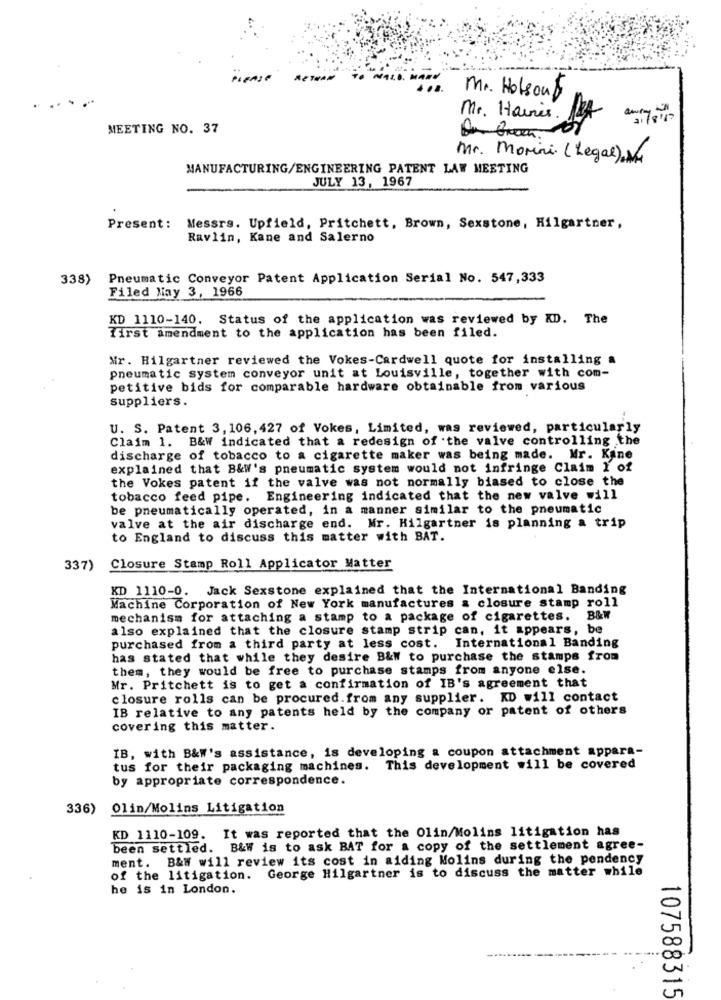
PLEASE
Mr. Hotsoup
Mr. Haines. 1
MEETING NO. 37
Mr. Morini (Legal),Nr
MANUFACTURING/ENGINEERING PATENT LAW MEETING
JULY 13, 1967
Present: Messrs. Upfield, Pritchett, Brown, Sexstone, Hilgartner,
Ravlin, Kane and Salerno
338)
Pneumatic Conveyor Patent Application Serial No. 547,333
Filed May 3, 1966
KD 1110-140. Status of the application was reviewed by XD. The
first amendment to the application has been filed.
Mr. Hilgartner reviewed the Vokes-Cardwell quote for installing a
pneumatic system conveyor unit at Louisville, together with com-
petitive bids for comparable hardware obtainable from various
suppliers.
U. S. Patent 3, 106, 427 of Vokes, Limited, was reviewed, particularly
Claim 1. B&W indicated that a redesign of the valve controlling the
discharge of tobacco to a cigarette maker was being made. Mr. Kine
explained that B&W's pneumatic system would not infringe Claim 1 of
the Vokes patent if the valve was not normally biased to close the
tobacco feed pipe. Engineering indicated that the new valve will
be pneumatically operated, in a manner similar to the pneumatic
valve at the air discharge end. Mr. Hilgartner is planning a trip
to England to discuss this matter with BAT.
337) Closure Stamp Roll Applicator Matter
KD 1110-0. Jack Sexstone explained that the International Banding
Machine Corporation of New York manufactures & closure stamp roll
mechanism for attaching a stamp to a package of cigarettes. B&W
also explained that the closure stamp strip can, it appears, be
purchased from a third party at less cost. International Banding
has stated that while they desire B&W to purchase the stamps from
them, they would be free to purchase stamps from anyone else.
Mr. Pritchett is to get a confirmation of IB's agreement that
closure rolls can be procured.from any supplier. KD will contact
IB relative to any patents held by the company or patent of others
covering this matter.
IB, with B&W's assistance, is developing a coupon attachment appara-
tus for their packaging machines. This development will be covered
by appropriate correspondence.
336)
Olin/Molins Litigation
KD 1110-109. It was reported that the Olin/Molins litigation has
been settled. B&W is to ask BAT for a copy of the settlement agree-
ment. B&W will review its cost in aiding Molins during the pendency
of the litigation. George Hilgartner is to discuss the matter while
he is in London.
30
-
107588315